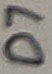
Text: D7